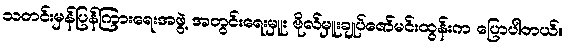
သတင်းမှန်ပြန်ကြားရေးအဖွဲ့ အတွင်းရေးမှူး ဗိုလ်မှူးချုပ်ဇော်မင်းထွန်းက ပြောပါတယ်။